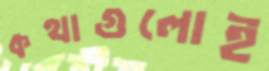
কথাগুলোই